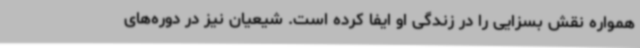
همواره نقش بسزایی را در زندگی او ایفا کرده است. شیعیان نیز در دوره‌های